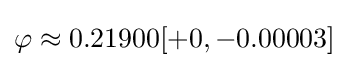
\varphi \approx 0.21900[+0,-0.00003]